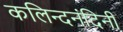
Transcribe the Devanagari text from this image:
कलिन्दनंदिनी